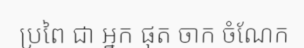
ប្រពៃ ជា អ្នក ផុត ចាក ចំណែក